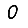
Digit: 0